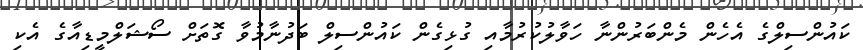
ކައުންސިލްގެ އެހެން މެންބަރުންނާ ހަވާލުކުރުމާއި ގުޅިގެން ކައުންސިލް ބަދުނާމުވާ ގޮތަށް ސޯޝަލްމީޑިއާގެ އެކި